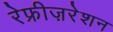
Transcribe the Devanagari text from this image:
रेफ्रीज़रेशन